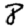
Digit: 8